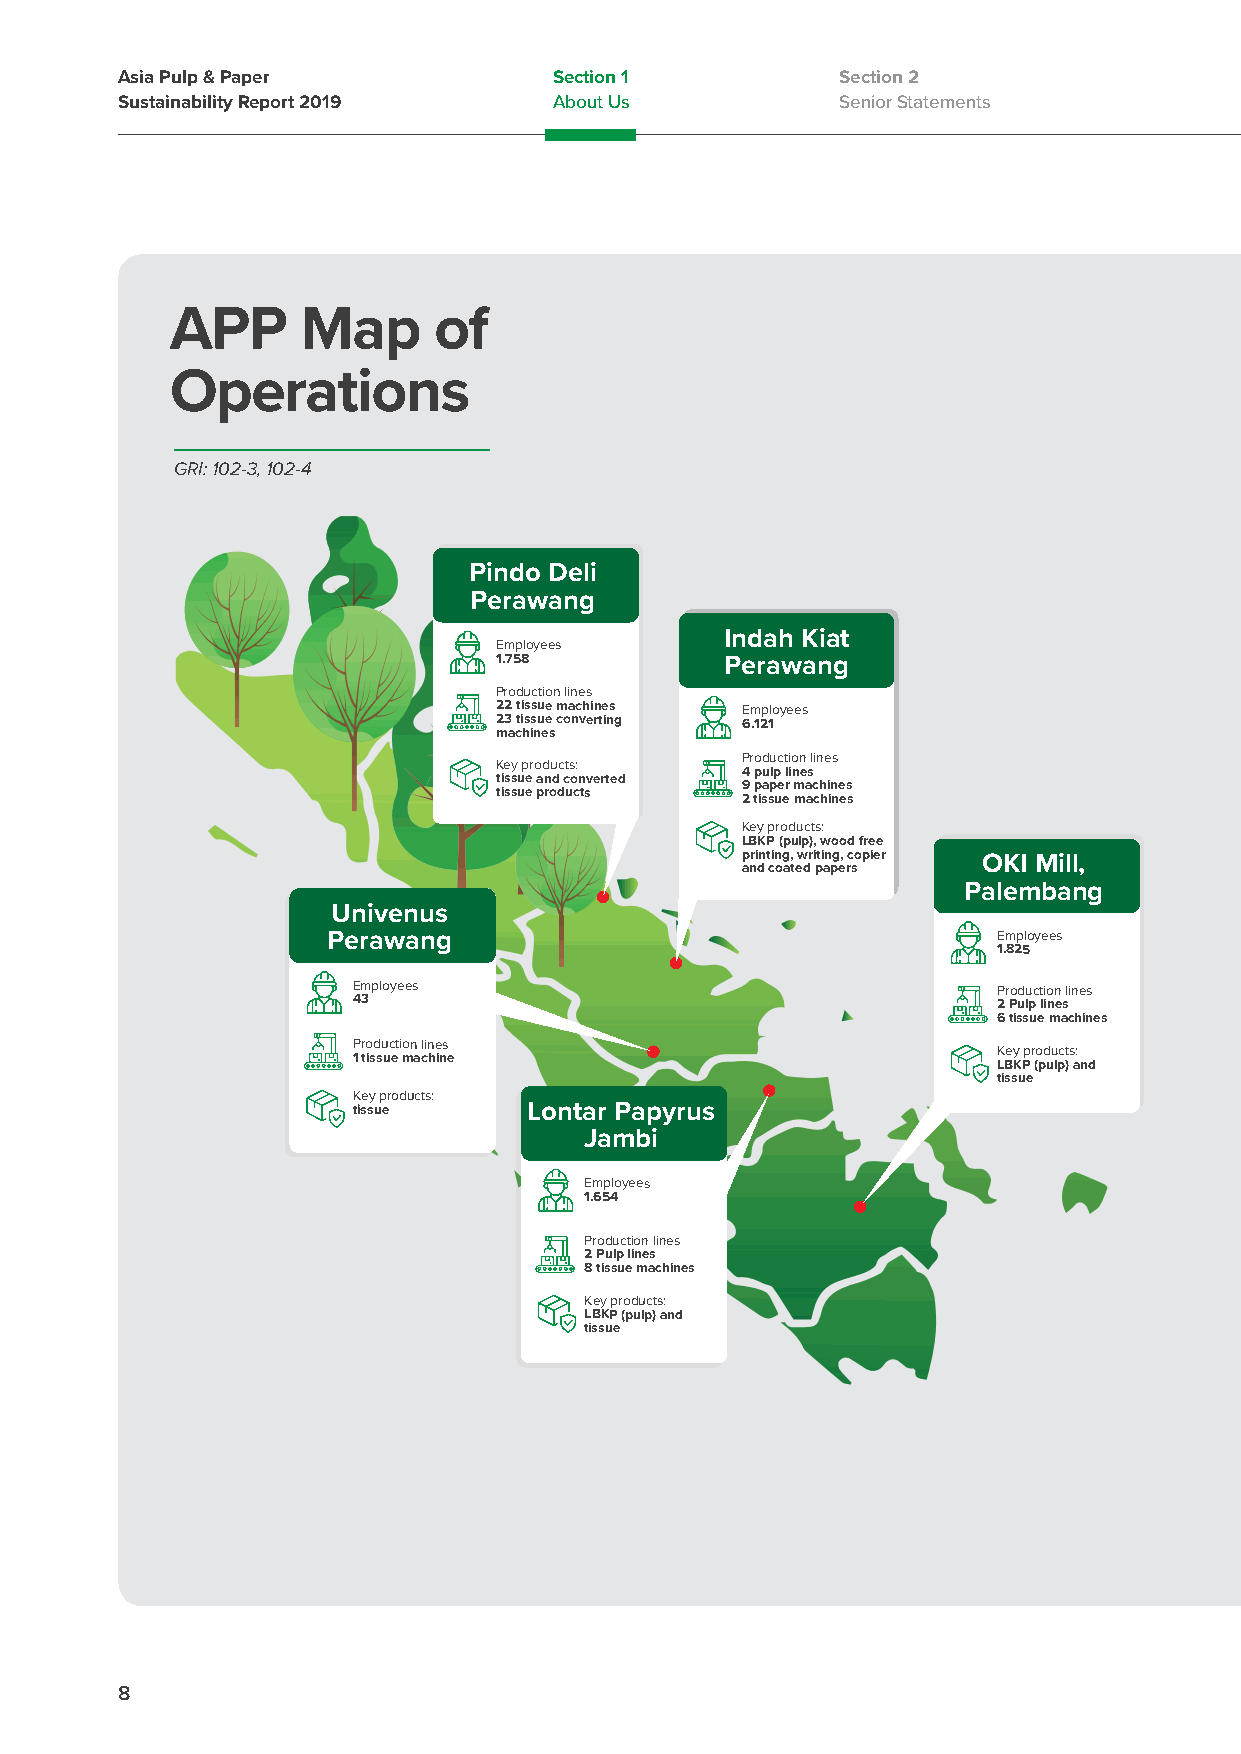
Asia Pulp & Paper            Section 1          Section 2
 Sustainability Report 2019   About Us           Senior Statements
 APP      Map      of
 Operations
 GRI: 102-3, 102-4
 Pindo Deli
 Perawang
 Indah Kiat
 Employees
 1.758          Perawang
 Production lines
 22 tissue machines Employees
 23 tissue converting 6.121
 machines
 Production lines
 Key products:
 4 pulp lines
 tissue and converted
 9 paper machines
 tissue products
 2 tissue machines
 Key products:
 LBKP (pulp), wood free
 printing, writing, copier OKI Mill,
 and coated papers
 Palembang
 Univenus
 Perawang                                    Employees
 1.825
 Employees                                  Production lines
 43                                         2 Pulp lines
 6 tissue machines
 Production lines
 Key products:
 1 tissue machine
 LBKP (pulp) and
 tissue
 Key products:
 tissue      Lontar Papyrus
 Jambi
 Employees
 1.654
 Production lines
 2 Pulp lines
 8 tissue machines
 Key products:
 LBKP (pulp) and
 tissue
 8